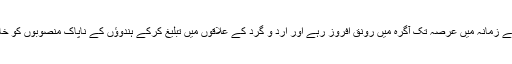
فتنۂ ارتداد کے زمانہ میں عرصہ تک آگرہ میں رونق افروز رہے اور ارد و گرد کے علاقوں میں تبلیغ کرکے ہندوؤں کے ناپاک منصوبوں کو خاک میں ملایا۔